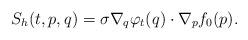
LaTeX: \begin{align*}S_h(t,p,q) = \sigma \nabla_q\varphi_t(q) \cdot \nabla_p f_0(p).\end{align*}